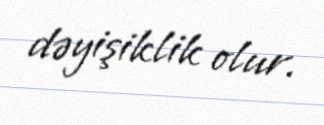
dəyişiklik olur.